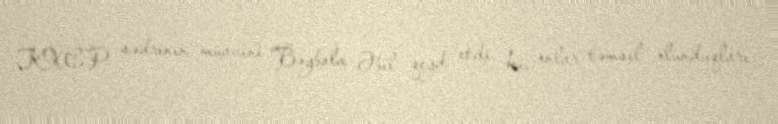
KXCP sədrinin müavini Bəybala Əbil qeyd etdi ki, onlar təmsil olunduqları